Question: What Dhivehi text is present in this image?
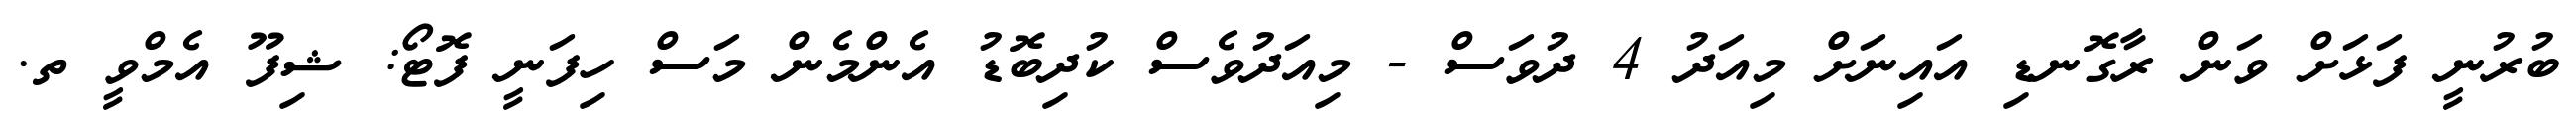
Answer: ބުރުނީ ފަޅަށް ވަން ރާގޮނޑި އައިނަށް މިއަދު 4 ދުވަސް - މިއަދުވެސް ކުދިބޮޑު އެންމެން މަސް ހިފަނީ ފޮޓޯ: ޝިފޫ އެމްވީ ތ.